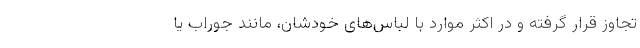
تجاوز قرار گرفته و در اکثر موارد با لباس‌های خودشان، مانند جوراب یا